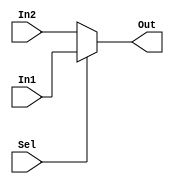
module MUX1(
        input [7:0] In1,In2,
        input Sel,
        output [7:0] Out
    );

    assign Out = (Sel==1)? In1: In2;
    
endmodule